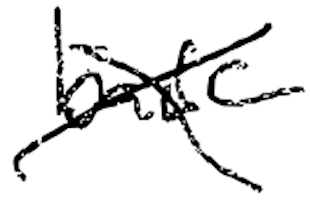
Text: base
Cross-out: cross
Writing tool: digital_black